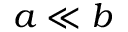
a \ll b